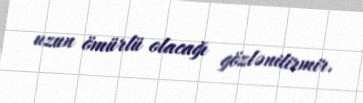
uzun ömürlü olacağı gözlənilirmir.